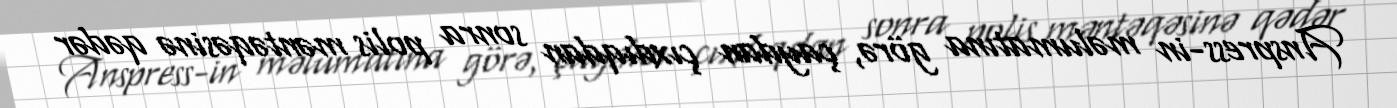
Anspress-in məlumatına görə, çaydan çıxdıqdan sonra polis məntəqəsinə qədər